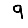
Digit: 9